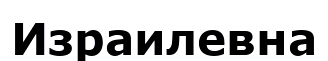
Израилевна